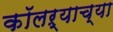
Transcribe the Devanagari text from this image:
कॉलऱ्याच्या